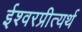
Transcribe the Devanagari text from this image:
ईश्वरप्रीत्यर्थ